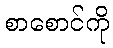
စာစောင်ကို